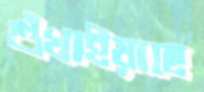
শুঁখাইয়াছে